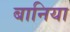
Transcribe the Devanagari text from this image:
बानिया